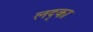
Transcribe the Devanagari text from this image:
लद्का